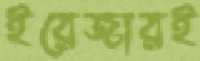
ইরেজারই